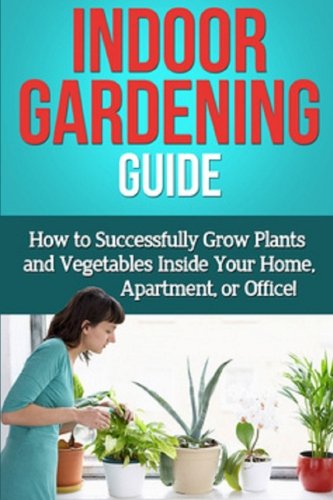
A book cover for Indoor Gardening Guide: How to successfully grow plants and vegetables inside your home, apartment, or office!; Steve Ryan; Crafts, Hobbies & Home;